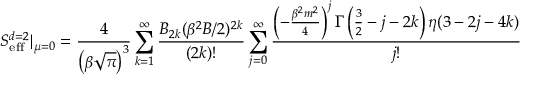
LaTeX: S _ { \mathrm { e f f } } ^ { d = 2 } | _ { \mu = 0 } = { \frac { 4 } { \left( \beta \sqrt { \pi } \right) ^ { 3 } } } \sum _ { k = 1 } ^ { \infty } { \frac { { \cal B } _ { 2 k } ( \beta ^ { 2 } B / 2 ) ^ { 2 k } } { ( 2 k ) ! } } \sum _ { j = 0 } ^ { \infty } { \frac { \left( - { \frac { \beta ^ { 2 } m ^ { 2 } } { 4 } } \right) ^ { j } \Gamma \left( \frac { 3 } { 2 } - j - 2 k \right) \eta ( 3 - 2 j - 4 k ) } { j ! } }